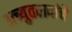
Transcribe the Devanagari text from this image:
अच्युतरावांचे